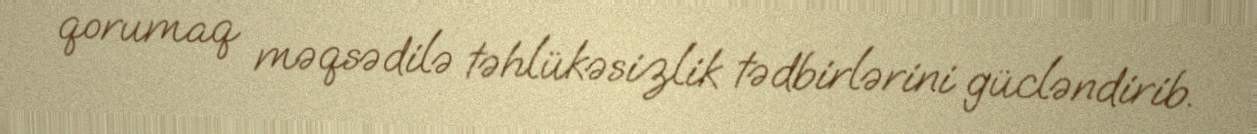
qorumaq məqsədilə təhlükəsizlik tədbirlərini gücləndirib.